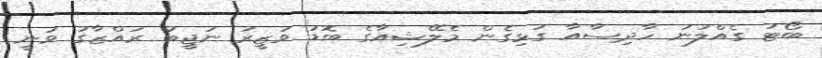
ބޯޓު ގެއްލުނު ހާދިސާއާ ގުޅިގެން މެލޭޝިއާގެ ބޮޑު ވަޒީރު ނަޖީބު ރައްޒާގު ވަނީ